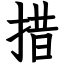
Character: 措